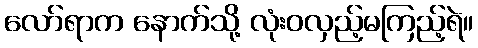
လော်ရာက နောက်သို့ လုံးဝလှည့်မကြည့်ရဲ။